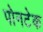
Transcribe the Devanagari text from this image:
पोनटेक